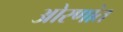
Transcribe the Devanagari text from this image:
ओरणांत